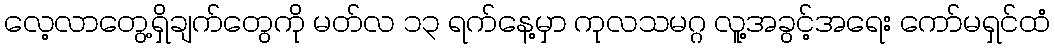
လေ့လာတွေ့ရှိချက်တွေကို မတ်လ ၁၃ ရက်နေ့မှာ ကုလသမဂ္ဂ လူ့အခွင့်အရေး ကော်မရှင်ထံ